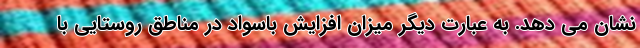
نشان می دهد. به عبارت دیگر میزان افزایش باسواد در مناطق روستایی با